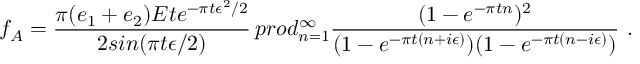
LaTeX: f _ { A } = { \frac { \pi ( e _ { 1 } + e _ { 2 } ) E t e ^ { - \pi t \epsilon ^ { 2 } / 2 } } { 2 s i n ( \pi t \epsilon / 2 ) } } \, p r o d _ { n = 1 } ^ { \infty } { \frac { ( 1 - e ^ { - \pi t n } ) ^ { 2 } } { ( 1 - e ^ { - \pi t ( n + i \epsilon ) } ) ( 1 - e ^ { - \pi t ( n - i \epsilon ) } ) } } \ .